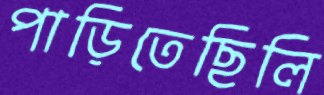
পাড়িতেছিলি